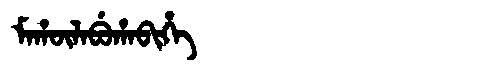
Manchu: ᠮᠠᡥᡡᠯᠠᠪᡠᡥᠠᠪᡳᡥᡝ
Romanization: MAHŪLABUHABIHE